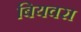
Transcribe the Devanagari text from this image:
बियवरा